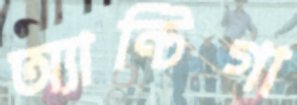
অ্যান্টিগা